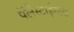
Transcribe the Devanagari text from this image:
पॅलेस्टाईनला